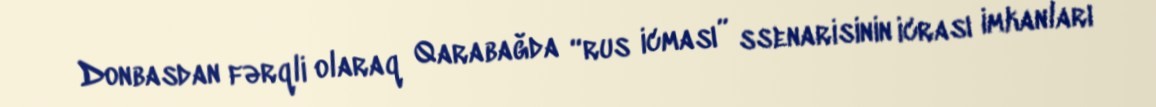
Donbasdan fərqli olaraq Qarabağda “rus icması” ssenarisinin icrası imkanları